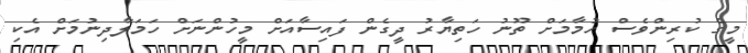
މީގެ ކުރިންވެސް ހުމާމަށް ތޫނު ހަތިޔާރު ދީގެން ފައިސާއަށް މީހުންނަށް ހަމަލާދިނުމަށް އެކި